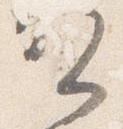
賀